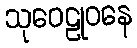
သုဝေဠုဝနေ